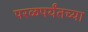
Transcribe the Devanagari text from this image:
परळपर्यंतच्या